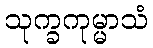
သုက္ခကုမ္မာသံ